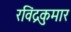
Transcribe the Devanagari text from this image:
रविंद्रकुमार